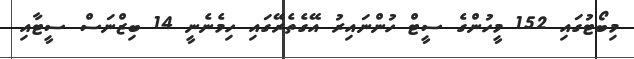
މިބޯޓުގައި 152 މީހުންގެ ސީޓް ހުންނައިރު އޭގެތެރޭގައި ހިމެނެނީ 14 ބިޒްނަސް ސީޓާއި